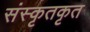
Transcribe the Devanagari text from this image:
संस्कृतकृत